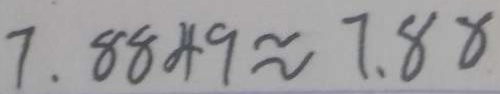
7 . 8 8 4 9 \approx 7 . 8 8